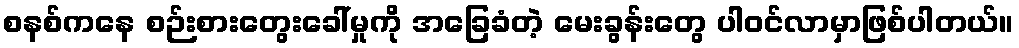
စနစ်ကနေ စဉ်းစားတွေးခေါ်မှုကို အခြေခံတဲ့ မေးခွန်းတွေ ပါဝင်လာမှာဖြစ်ပါတယ်။